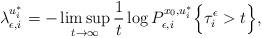
LaTeX: \begin{align*}\lambda_{\epsilon, i}^{u_i^{\ast}} = - \limsup_{t \rightarrow \infty} \frac{1} {t} \log P_{\epsilon,i}^{x_0, u_i^{\ast}} \Bigl\{\tau_i^{\epsilon} > t \Bigr\}, \end{align*}